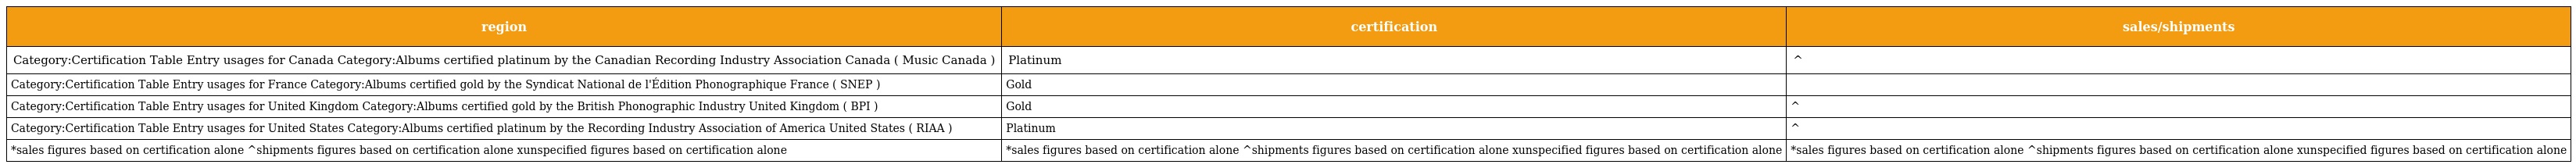
| region | certification | sales/shipments |
 | --- | --- | --- |
 | Category:Certification Table Entry usages for Canada Category:Albums certified platinum by the Canadian Recording Industry Association Canada ( Music Canada ) | Platinum | ^ |
 | Category:Certification Table Entry usages for France Category:Albums certified gold by the Syndicat National de l'Édition Phonographique France ( SNEP ) | Gold |  |
 | Category:Certification Table Entry usages for United Kingdom Category:Albums certified gold by the British Phonographic Industry United Kingdom ( BPI ) | Gold | ^ |
 | Category:Certification Table Entry usages for United States Category:Albums certified platinum by the Recording Industry Association of America United States ( RIAA ) | Platinum | ^ |
 | *sales figures based on certification alone ^shipments figures based on certification alone xunspecified figures based on certification alone | *sales figures based on certification alone ^shipments figures based on certification alone xunspecified figures based on certification alone | *sales figures based on certification alone ^shipments figures based on certification alone xunspecified figures based on certification alone |